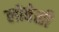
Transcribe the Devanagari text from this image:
लोवेसी